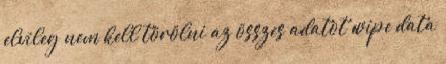
elvileg nem kell törölni az összes adatot wipe data